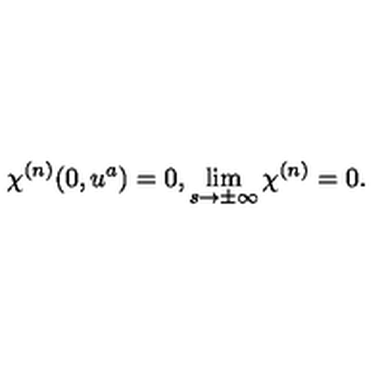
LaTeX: \chi ^ { ( n ) } ( 0 , u ^ { a } ) = 0 , \lim _ { s \rightarrow \pm \infty } \chi ^ { ( n ) } = 0 .